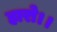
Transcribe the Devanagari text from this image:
हारो।।